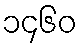
၁၄၆၀